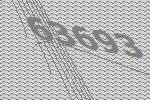
63693